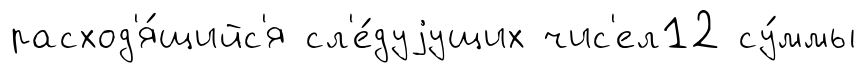
расход'я́щийс'я сл'е́дуjущих чис'ел12 су́ммы